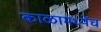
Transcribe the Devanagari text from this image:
काळामध्येंच